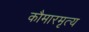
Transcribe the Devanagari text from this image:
कौमारमृत्य